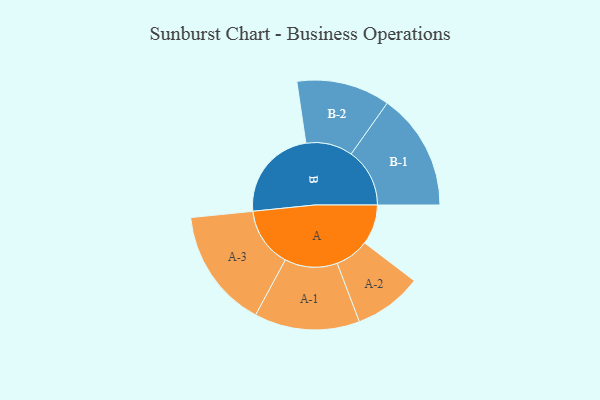
{"axis": {"x": "Segment", "y": "Value"}, "legend": ["", "A", "B"], "data": [{"x": "A", "y": 129, "type": ""}, {"x": "B", "y": 302, "type": ""}, {"x": "A-1", "y": 170, "type": "A"}, {"x": "A-2", "y": 110, "type": "A"}, {"x": "A-3", "y": 193, "type": "A"}, {"x": "B-1", "y": 189, "type": "B"}, {"x": "B-2", "y": 151, "type": "B"}]}